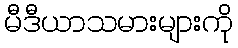
မီဒီယာသမားများကို